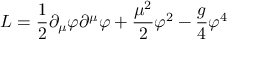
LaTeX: { \cal L } = \frac { 1 } { 2 } \partial _ { \mu } \varphi \partial ^ { \mu } \varphi + \frac { \mu ^ { 2 } } { 2 } \varphi ^ { 2 } - \frac { g } { 4 } \varphi ^ { 4 }